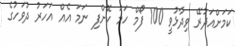
ކަމަށްއަދުރޭ ވިދާޅުވީ 100 ފޯމް ހަމަ ކޮށްފި ނަމަ އެއް އަހަރު ދުވަހުގެ